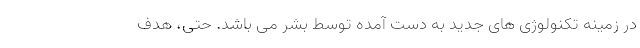
در زمینه تکنولوژی های جدید به دست آمده توسط بشر می باشد. حتی‌، هدف